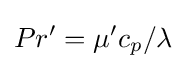
Pr'=\mu 'c_{p}/\lambda